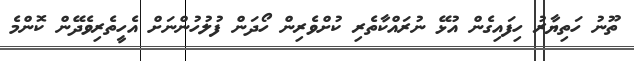
ތޫނު ހަތިޔާރު ހިފައިގެން އުޅޭ ނުރައްކާތެރި ކުށްވެރިން ހޯދަން ފުލުހުންނަށް އެހީތެރިވެދޭން ކޮންމެ